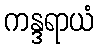
ကန္ဒရာယံ